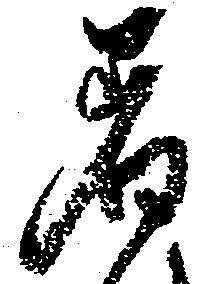
着